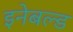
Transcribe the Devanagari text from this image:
इनेबल्ड